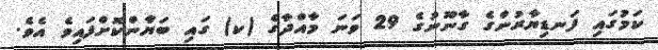
ކަމުގައި ފަނޑިޔާރުންގެ ގާނޫނުގެ 29 ވަނަ މާއްދާގެ (ކ) ގައި ބަޔާންކޮށްފައިވެ އެވެ.